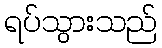
ရပ်သွားသည်